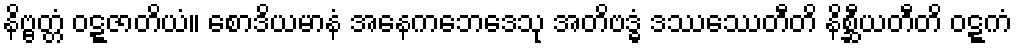
နိဗ္ဗတ္တံ ဝဋ္ဋဇာတိယံ။ စောဒိယမာနံ အနေကဘေဒေသု အတိဗဒ္ဓံ ဒဿေဿတီတိ နိစ္ဆီယတီတိ ဝဋ္ဋကံ